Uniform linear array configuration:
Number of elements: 4
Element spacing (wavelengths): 1
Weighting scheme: cosine
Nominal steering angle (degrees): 45
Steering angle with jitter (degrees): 44.615
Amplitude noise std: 0.05
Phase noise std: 0.05

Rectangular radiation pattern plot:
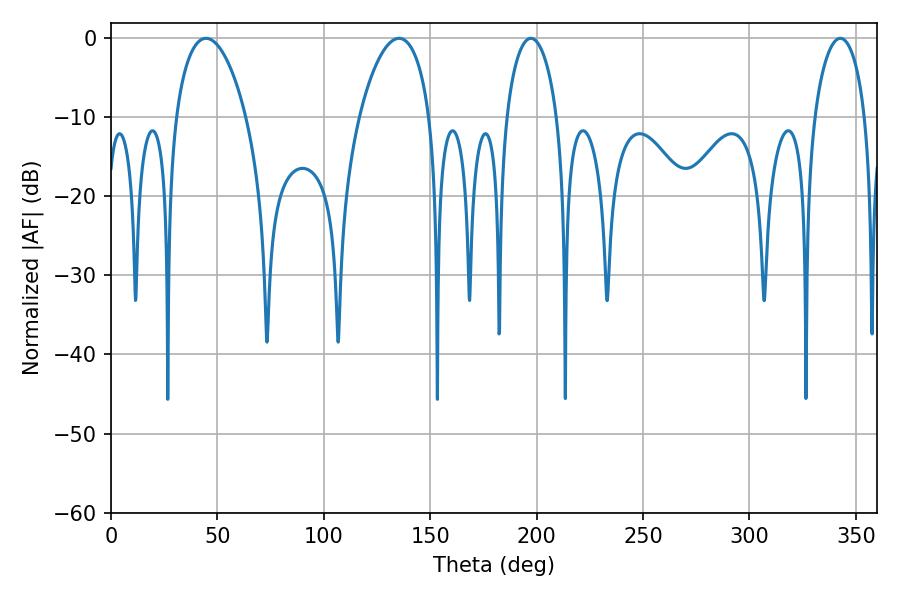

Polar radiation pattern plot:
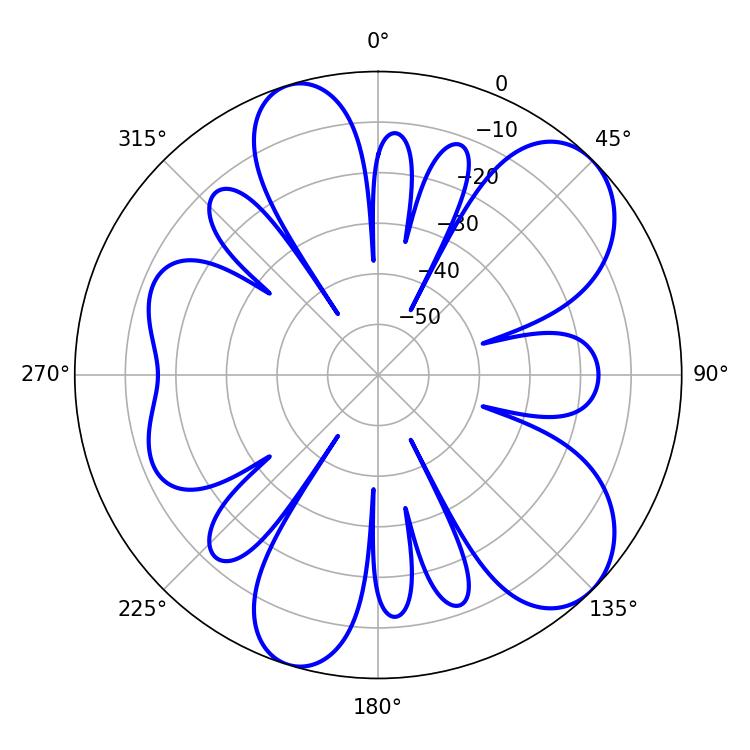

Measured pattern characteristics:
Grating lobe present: TRUE
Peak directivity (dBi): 8.344
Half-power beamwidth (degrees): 18.72
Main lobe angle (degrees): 44.64